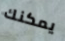
يمكنك